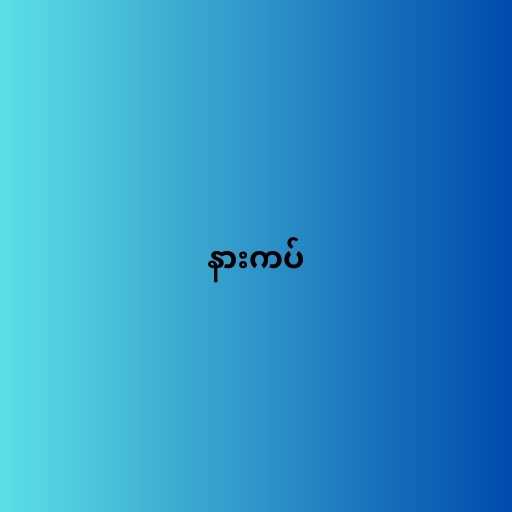
နားကပ်